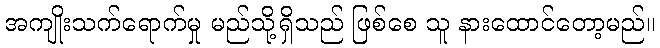
အကျိုးသက်ရောက်မှု မည်သို့ရှိသည် ဖြစ်စေ သူ နားထောင်တော့မည်။